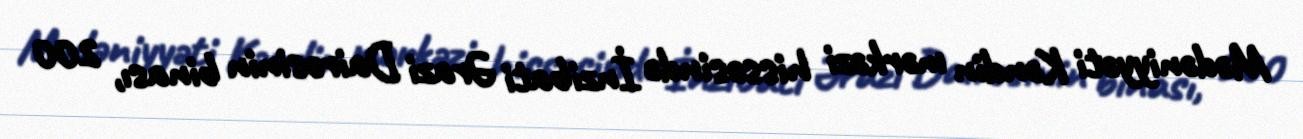
Mədəniyyəti Kəndin mərkəzi hissəsində İnzibati Ərazi Dairəsinin binası, 200